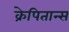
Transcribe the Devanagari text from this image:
क्रेपितान्स